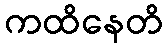
ကထိနေတိ